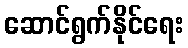
ဆောင်ရွက်နိုင်ရေး